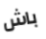
باش